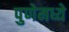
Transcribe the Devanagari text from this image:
पुणेमध्ये